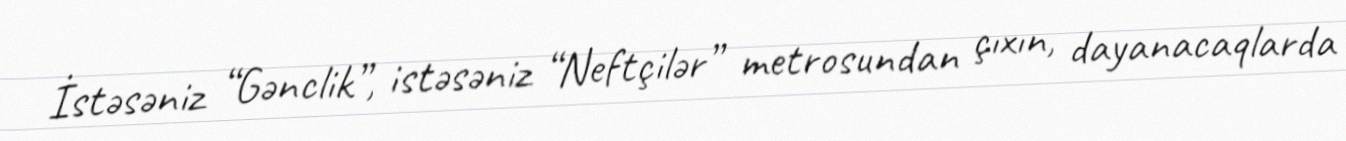
İstəsəniz “Gənclik”, istəsəniz “Neftçilər” metrosundan çıxın, dayanacaqlarda